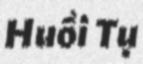
Huồi Tụ